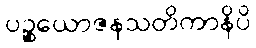
ပဉ္စယောဇနသတိကာနိပိ